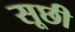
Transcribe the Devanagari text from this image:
सूछी